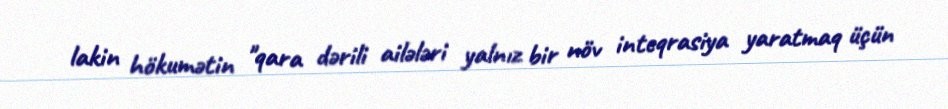
lakin hökumətin "qara dərili ailələri yalnız bir növ inteqrasiya yaratmaq üçün